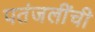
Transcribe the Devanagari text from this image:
पतंजलींची